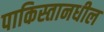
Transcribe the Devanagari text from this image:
पाकिस्तानधील